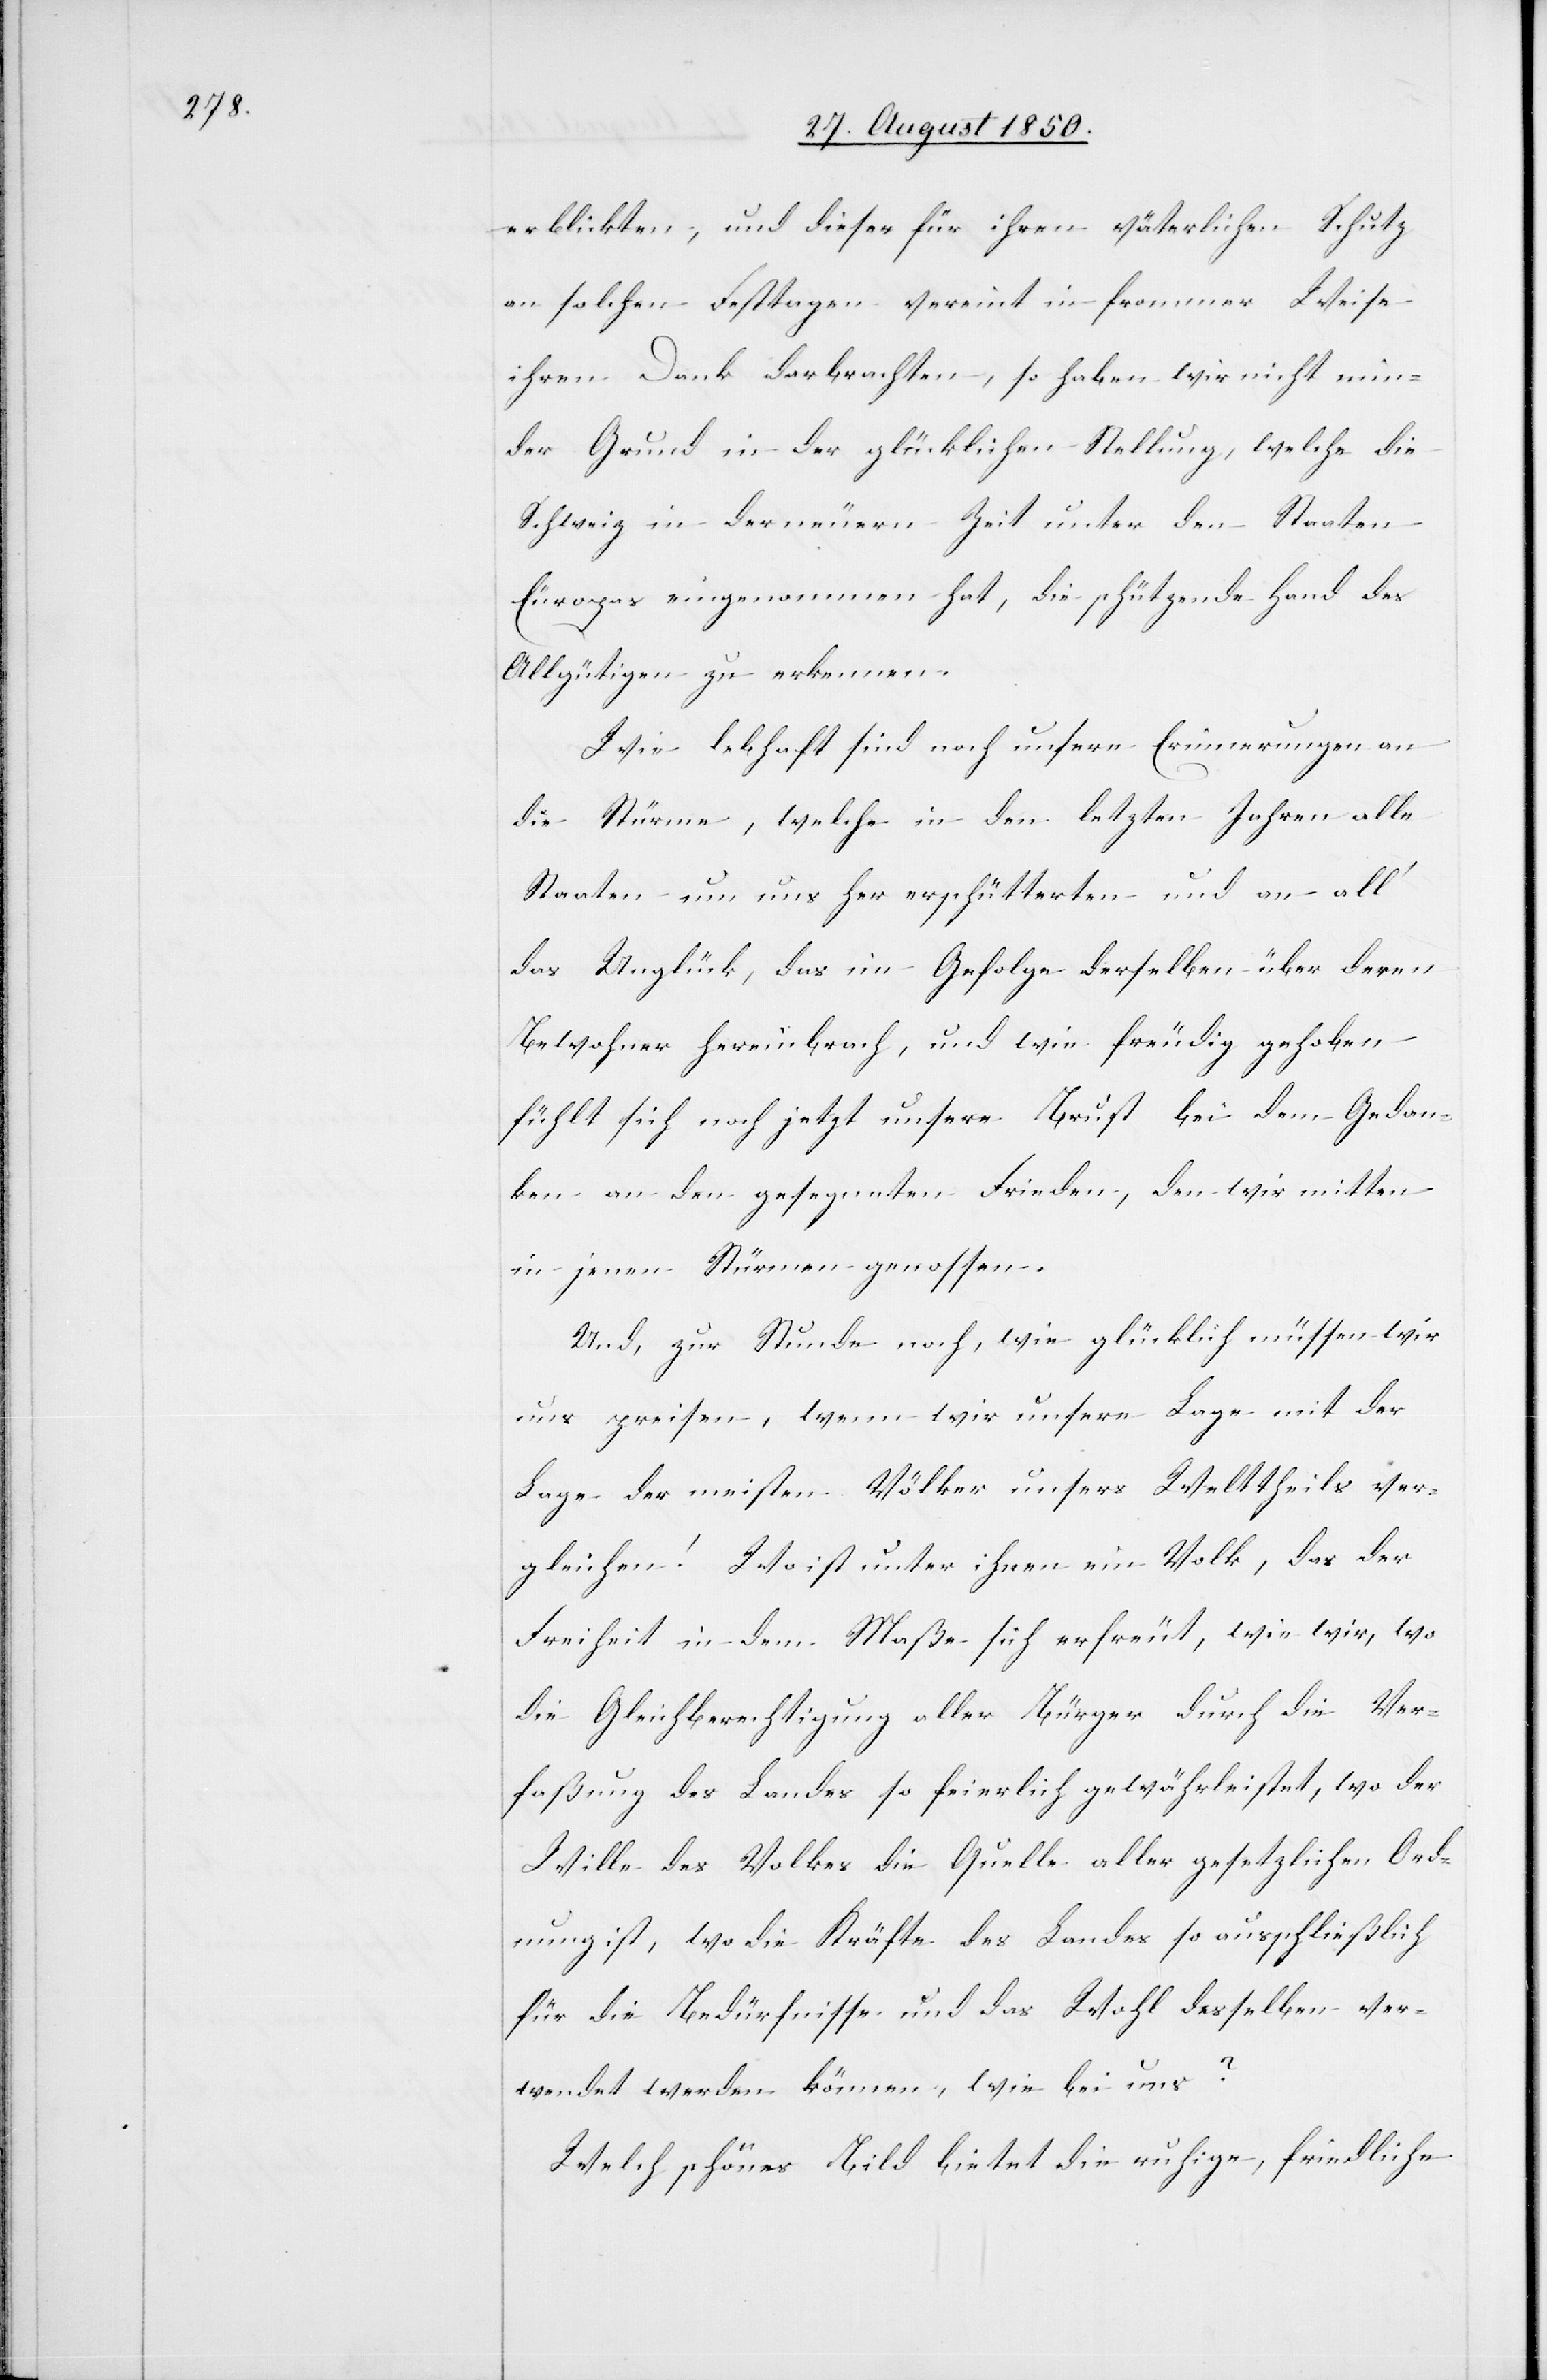
erblickten, und dieser für ihren väterlichen Schutz
an solchen Festtagen vereint in frommer Weise
ihren Dank darbrachten, so haben wir nicht min¬
der Grund in der glücklichen Stellung, welche die
Schweiz in der neuern Zeit unter den Staaten
Europas eingenommen hat, die schützende Hand des
Allgütigen zu erkennen.
Wie lebhaft sind noch unsere Erinnerungen an
die Stürme, welche in den letzten Jahren alle
Staaten um uns her erschütterten und an all‘
das Unglück, das im Gefolge derselben über deren
Bewohner hereinbrach, und wie freudig gehoben
fühlt sich noch jetzt unsere Brust bei dem Gedan¬
ken an den gesegneten Frieden, den wir mitten
in jenen Stürmen genossen.
Und, zur Stunde noch, wie glücklich müssen wir
uns preisen, wenn wir unsere Lage mit der
Lage der meisten Völker unsers Welttheils ver¬
gleichen! Wo ist unter ihnen ein Volk, das der
Freiheit in dem Maße sich erfreut, wie wir, wo
die Gleichberechtigung aller Bürger durch die Ver¬
faßung des Landes so feierlich gewährleistet, wo der
Wille des Volkes die Quelle aller gesetzlichen Ord¬
nung ist, wo die Kräfte des Landes so ausschließlich
für die Bedürfnisse und das Wohl desselben ver¬
wendet werden können, wie bei uns?
Welch schönes Bild bietet die ruhige, friedliche